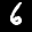
Label: 6